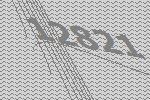
12821